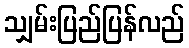
သျှမ်းပြည်ပြန်လည်